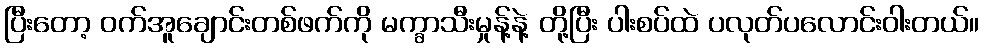
ပြီးတော့ ဝက်အူချောင်းတစ်ဖက်ကို မက္ခာသီးမှုန့်နဲ့ တို့ပြီး ပါးစပ်ထဲ ပလုတ်ပလောင်းဝါးတယ်။